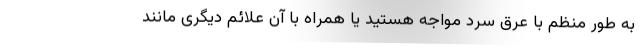
به طور منظم با عرق سرد مواجه هستید یا همراه با آن علائم دیگری مانند